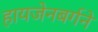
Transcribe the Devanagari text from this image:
हायजेनबर्गने